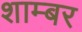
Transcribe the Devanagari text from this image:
शाम्बर